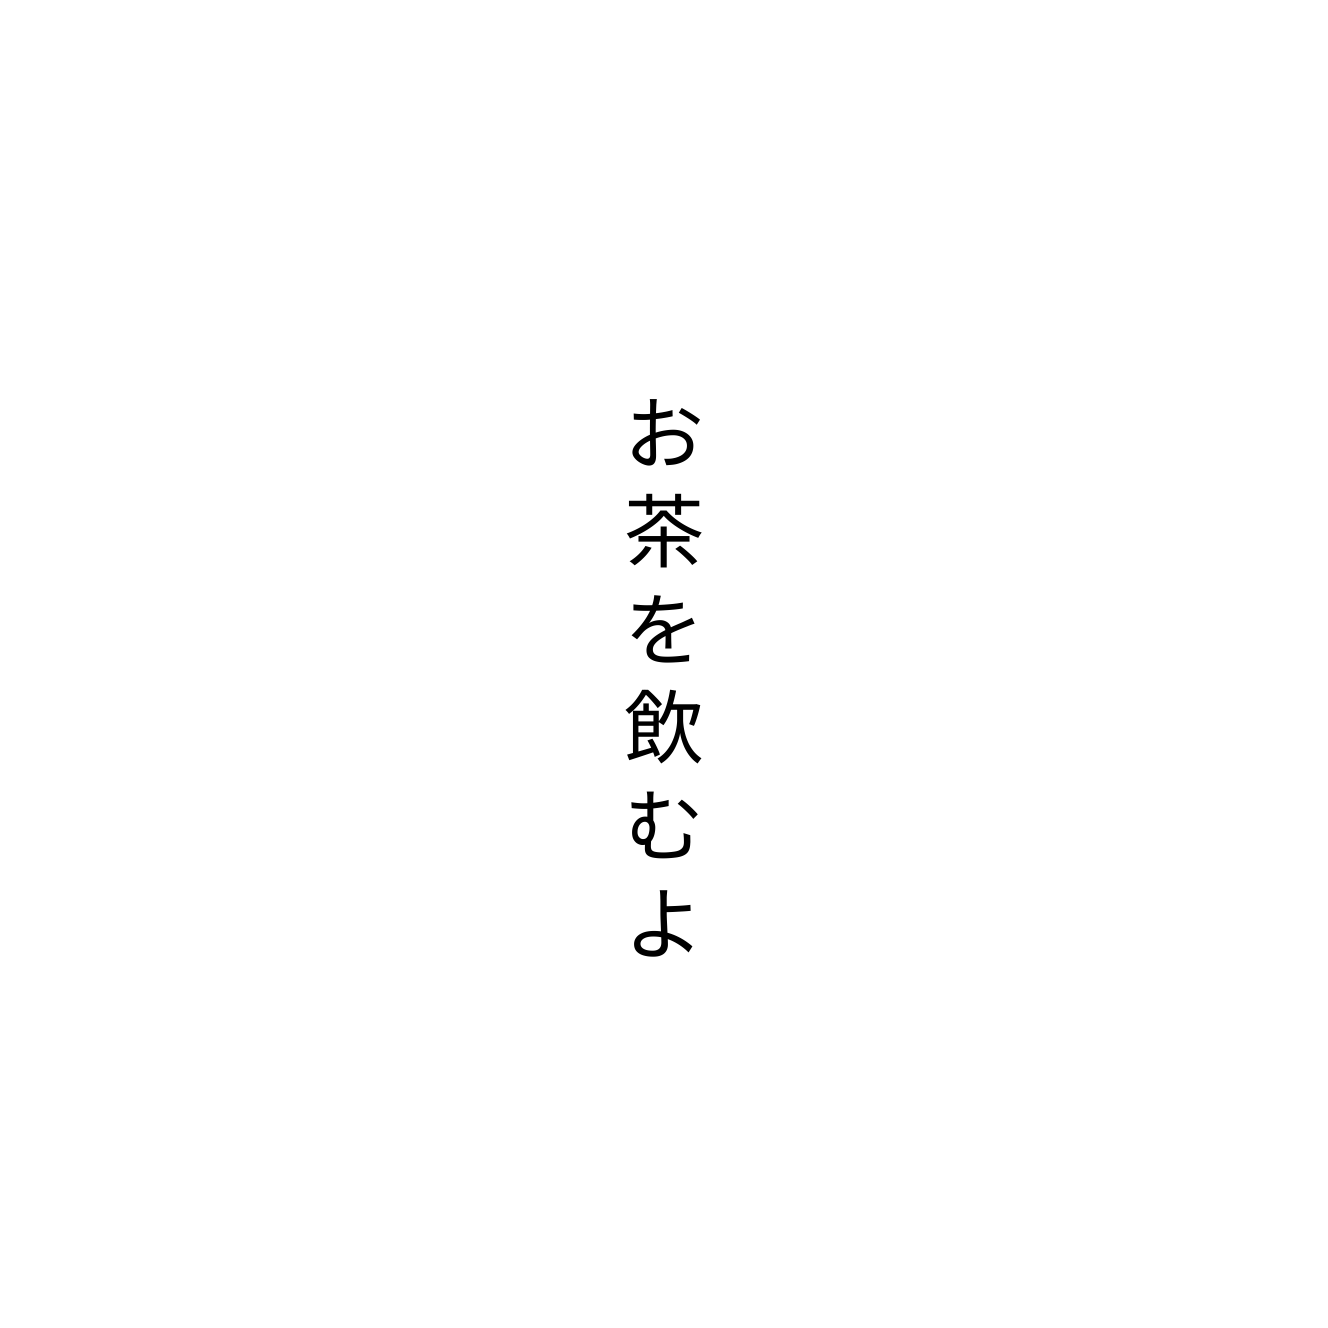
お茶を飲むよ